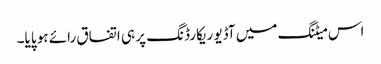
اس میٹنگ میں آڈیو ریکارڈنگ پر ہی اتفاق رائے ہو پایا۔